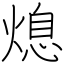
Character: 熄